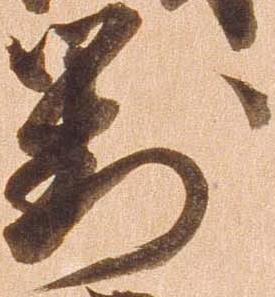
対